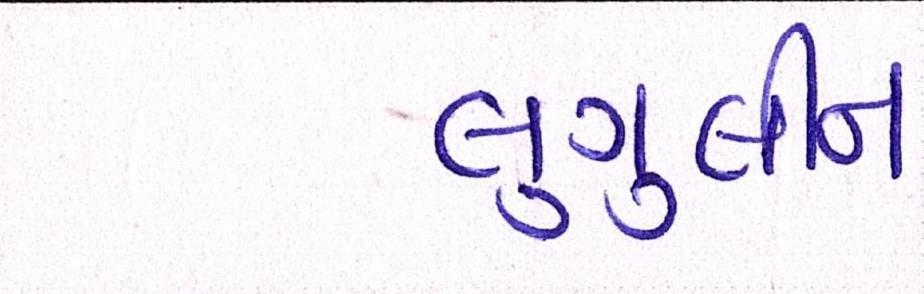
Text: લુગુલીન